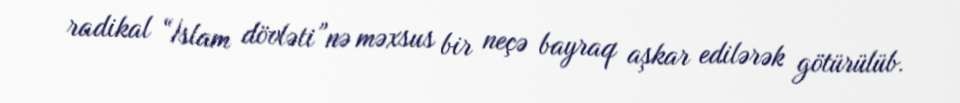
radikal “İslam dövləti”nə məxsus bir neçə bayraq aşkar edilərək götürülüb.